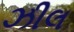
ઝીલ